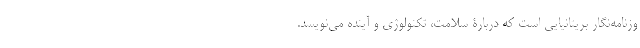
وزنامه‌نگار بریتانیایی است که دربارۀ سلامت، تکنولوژی و آینده می‌نویسد.